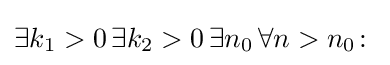
\exists k_{1}>0\,\exists k_{2}>0\,\exists n_{0}\,\forall n>n_{0}\colon